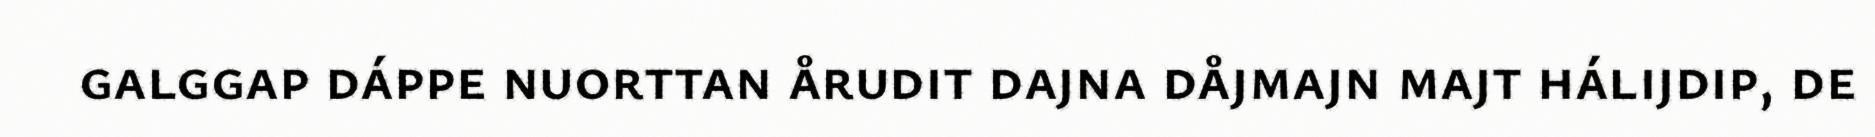
galggap dáppe nuorttan årudit dajna dåjmajn majt hálijdip, de